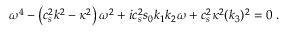
{ \omega } ^ { 4 } - \left( c _ { s } ^ { 2 } k ^ { 2 } - \kappa ^ { 2 } \right) { \omega } ^ { 2 } + i c _ { s } ^ { 2 } s _ { 0 } k _ { 1 } k _ { 2 } { \omega } + c _ { s } ^ { 2 } \kappa ^ { 2 } ( k _ { 3 } ) ^ { 2 } = 0 \; .